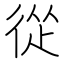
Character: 從